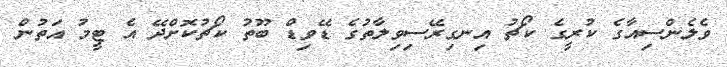
ވެލެންސިއާގެ ކުރީގެ ކޯޗު އިނގިރޭސިވިލާތުގެ ޑޭވިޑް ބޫތު ކޯޗުކޮށްދޭ އެ ޓީމު އަތުން